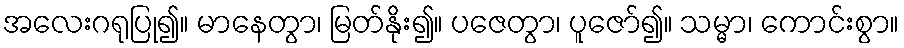
အလေးဂရုပြု၍။ မာနေတွာ၊ မြတ်နိုး၍။ ပဇေတွာ၊ ပူဇော်၍။ သမ္မာ၊ ကောင်းစွာ။